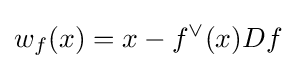
w_{f}(x)=x-f^{\vee }(x)Df